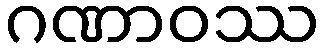
ဂဏာဝဿ